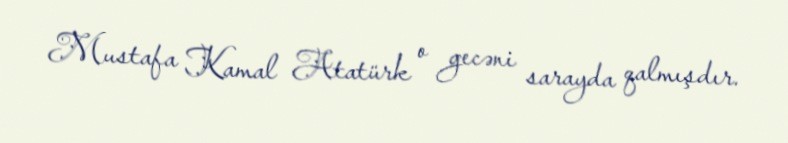
Mustafa Kamal Atatürk o gecəni sarayda qalmışdır.